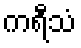
ကရီသံ